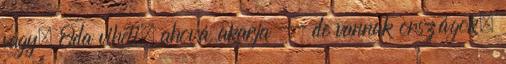
vagy. Oda viheti, ahová akarja -- de vannak országok,